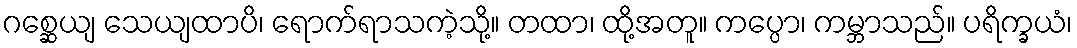
ဂစ္ဆေယျ သေယျထာပိ၊ ရောက်ရာသကဲ့သို့။ တထာ၊ ထို့အတူ။ ကပ္ပော၊ ကမ္ဘာသည်။ ပရိက္ခယံ၊